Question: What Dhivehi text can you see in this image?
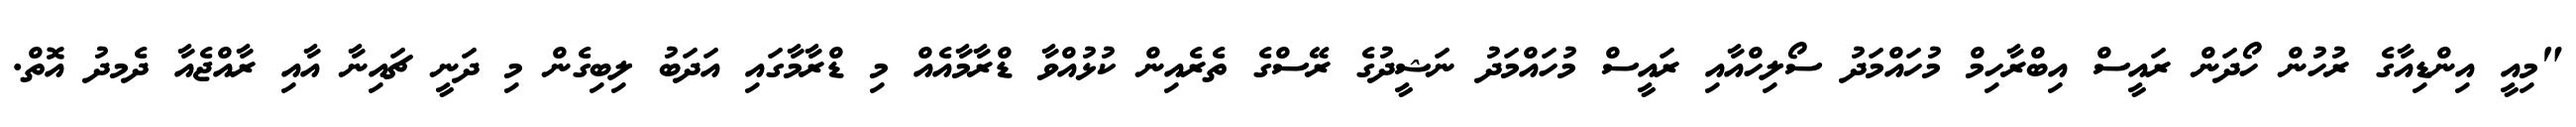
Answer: "މިއީ އިންޑިއާގެ ރުހުން ހޯދަން ރައީސް އިބްރާހިމް މުހައްމަދު ސޯލިހްއާއި ރައީސް މުހައްމަދު ނަޝީދުގެ ރޭސްގެ ތެރެއިން ކުޅުއްވާ ޑްރާމާއެއް މި ޑްރާމާގައި އަދަބު ލިބިގެން މި ދަނީ ޗައިނާ އާއި ރާއްޖެއާ ދެމދު އޮތް.